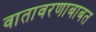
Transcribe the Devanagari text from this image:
वातावरणाबाबत